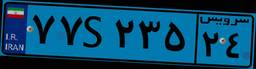
۷۷S۲۳۵۲۴